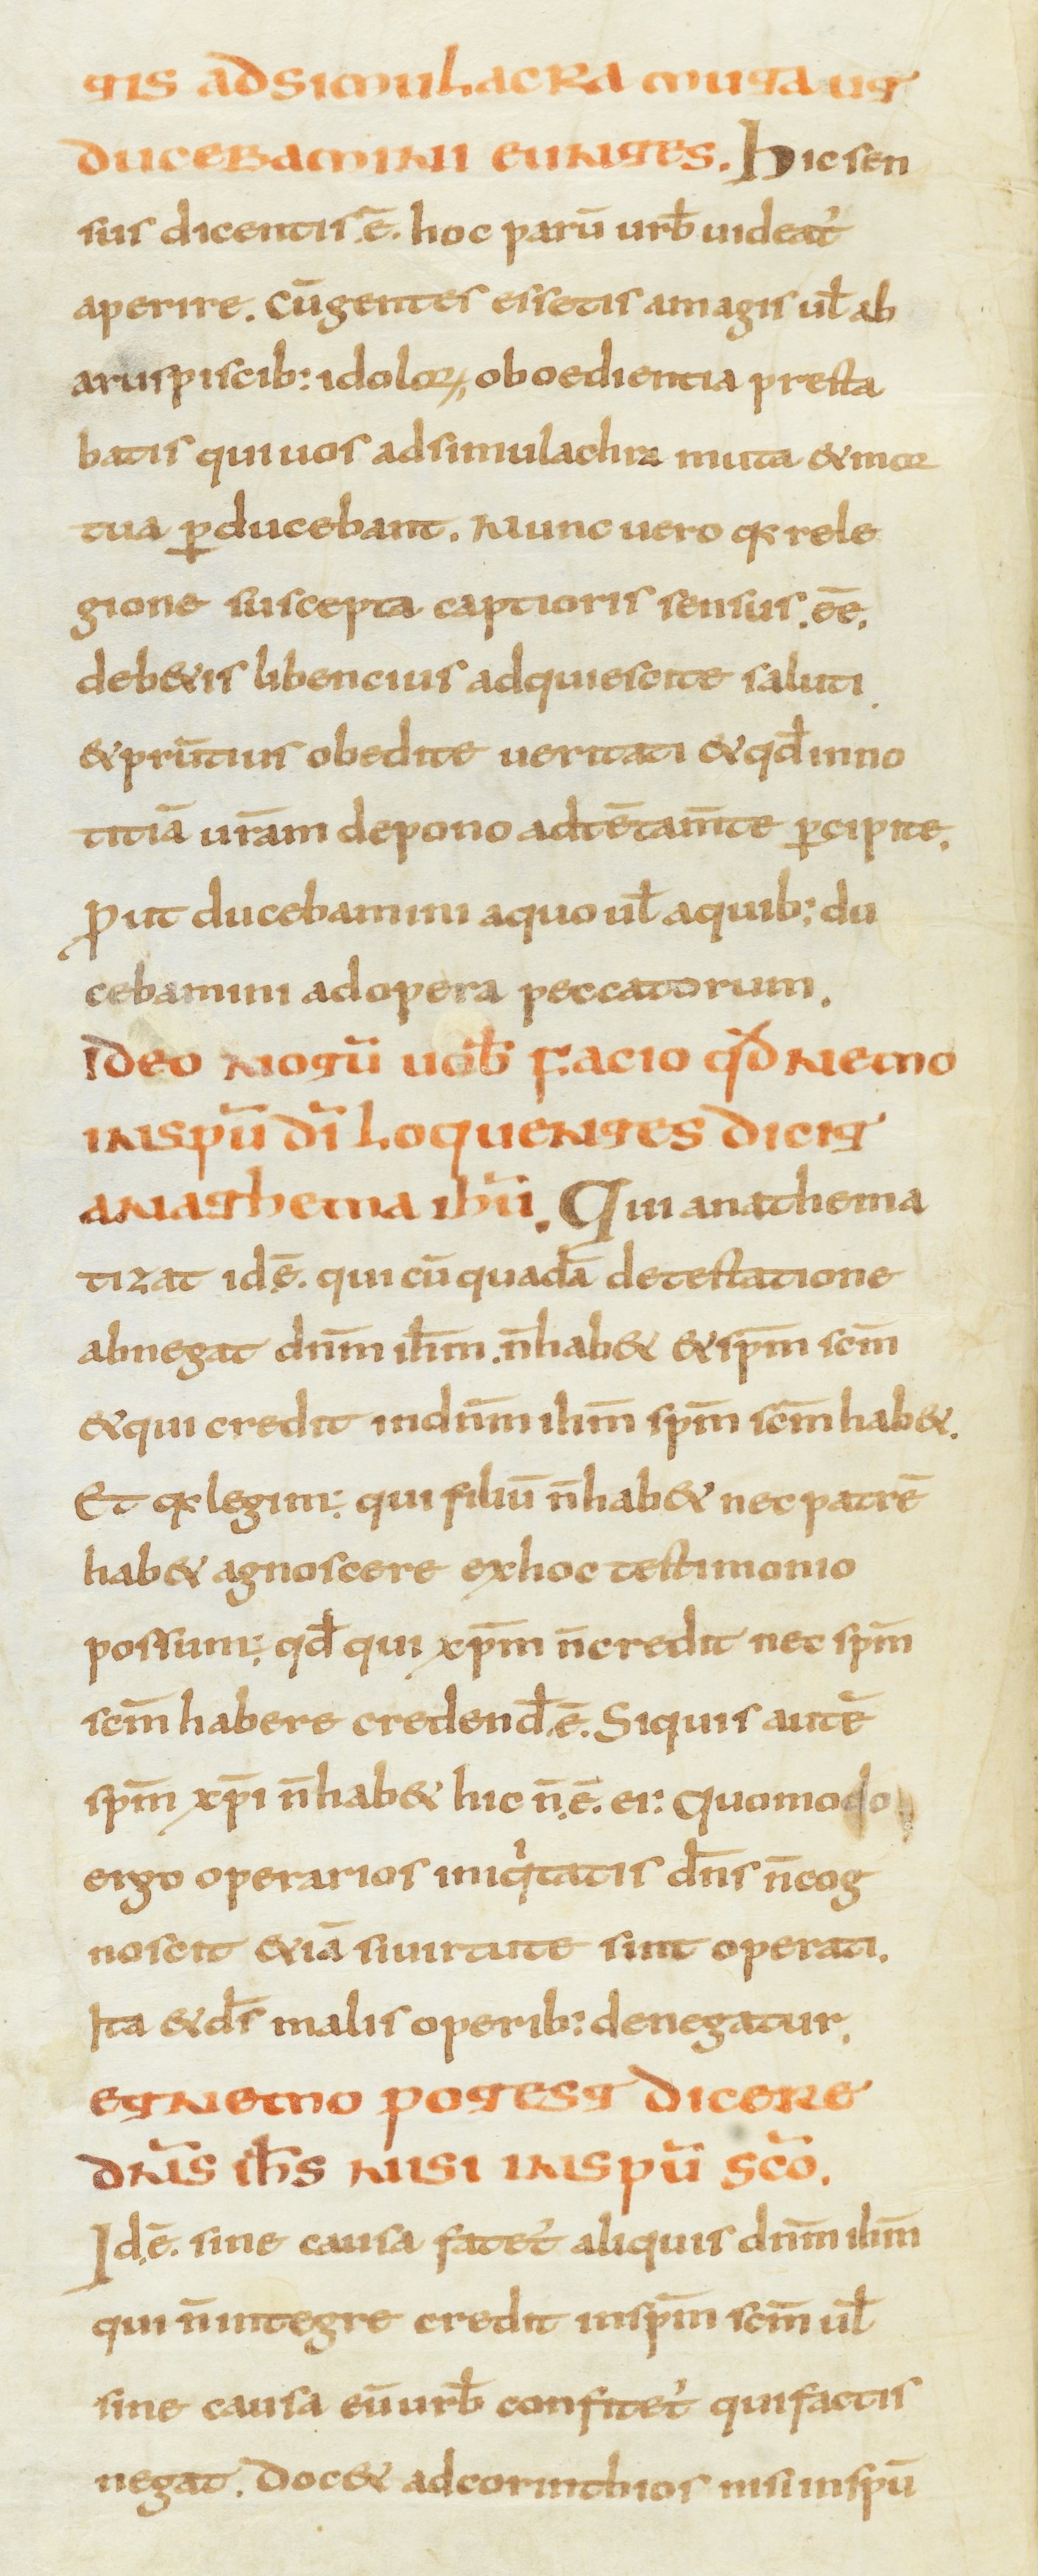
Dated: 800–899